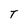
Character: T